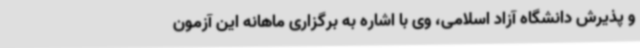
و پذیرش دانشگاه آزاد اسلامی، وی با اشاره به برگزاری ماهانه این آزمون